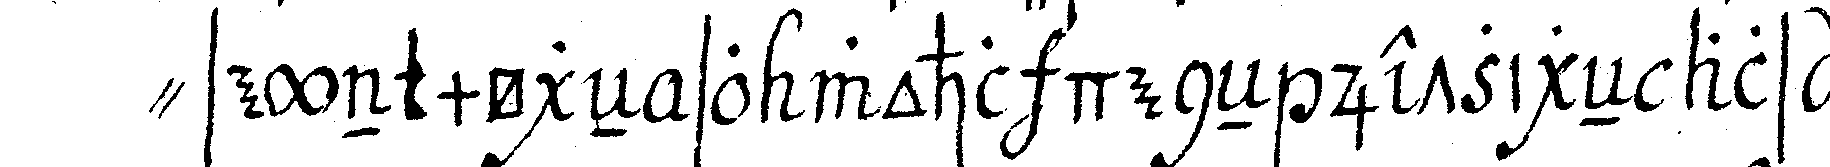
" seyn mögeN so wohl deneN jetzigeN als zukü